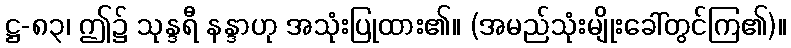
ဋ္ဌ-၈၃၊ ဤ၌ သုန္ဒရီ နန္ဒာဟု အသုံးပြုထား၏။ (အမည်သုံးမျိုးခေါ်တွင်ကြ၏)။